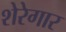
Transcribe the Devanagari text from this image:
शेरेगार